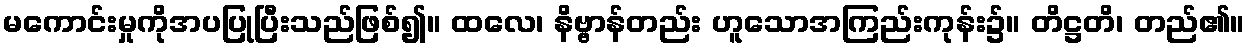
မကောင်းမှုကိုအပပြုပြီးသည်ဖြစ်၍။ ထလေ၊ နိဗ္ဗာန်တည်း ဟူသောအကြည်းကုန်း၌။ တိဋ္ဌတိ၊ တည်၏။